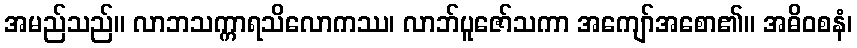
အမည်သည်။ လာဘသက္ကာရသိလောကဿ၊ လာဘ်ပူဇော်သကာ အကျော်အစော၏။ အဓိဝစနံ၊